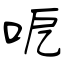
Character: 呝